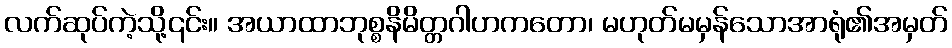
လက်ဆုပ်ကဲ့သို့၎င်း။ အယာထာဘုစ္စနိမိတ္တဂါဟကတော၊ မဟုတ်မမှန်သောအာရုံ၏အမှတ်